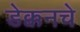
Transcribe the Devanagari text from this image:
डेक्कनचे